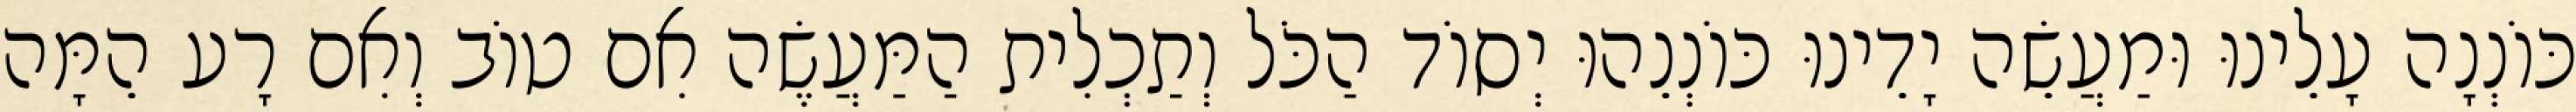
כּוֹנְנָה עָלֵינוּ וּמַעֲשֵׂה יָדֵינוּ כּוֹנְנֵהוּ יְסוֹד הַכֹּל וְתַכְלִית הַמַּעֲשֶׂה אִם טוֹב וְאִם רָע הֵמָּה